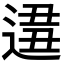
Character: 𨔚